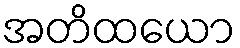
အတိထယော